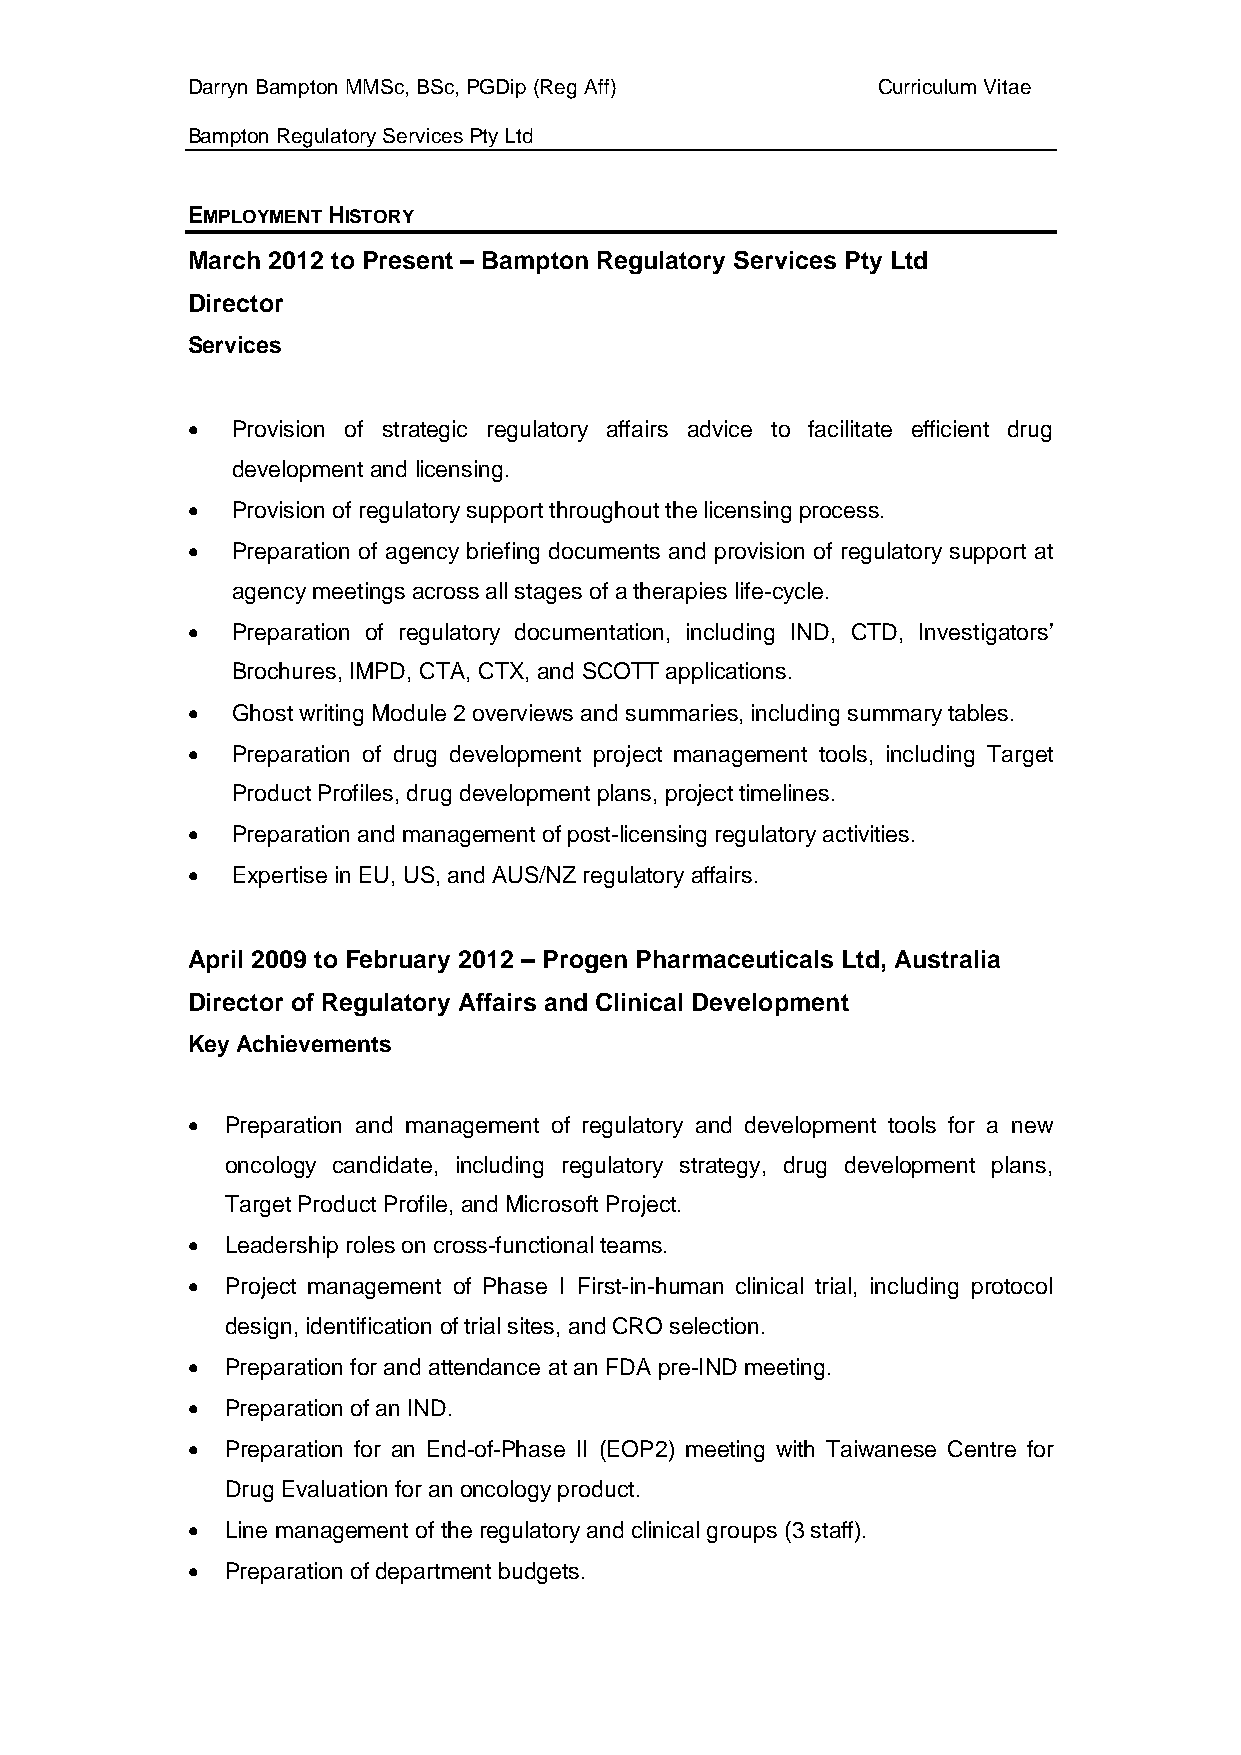
Darryn Bampton MMSc, BSc, PGDip (Reg Aff)     Curriculum Vitae
 Bampton Regulatory Services Pty Ltd
 EMPLOYMENT HISTORY
 March 2012 to Present – Bampton Regulatory Services Pty Ltd
 Director
 Services
   Provision of strategic regulatory affairs advice to facilitate efficient drug
 development and licensing.
   Provision of regulatory support throughout the licensing process.
   Preparation of agency briefing documents and provision of regulatory support at
 agency meetings across all stages of a therapies life-cycle.
   Preparation of regulatory documentation, including IND, CTD, Investigators’
 Brochures, IMPD, CTA, CTX, and SCOTT applications.
   Ghost writing Module 2 overviews and summaries, including summary tables.
   Preparation of drug development project management tools, including Target
 Product Profiles, drug development plans, project timelines.
   Preparation and management of post-licensing regulatory activities.
   Expertise in EU, US, and AUS/NZ regulatory affairs.
 April 2009 to February 2012 – Progen Pharmaceuticals Ltd, Australia
 Director of Regulatory Affairs and Clinical Development
 Key Achievements
   Preparation and management of regulatory and development tools for a new
 oncology candidate, including regulatory strategy, drug development plans,
 Target Product Profile, and Microsoft Project.
   Leadership roles on cross-functional teams.
   Project management of Phase I First-in-human clinical trial, including protocol
 design, identification of trial sites, and CRO selection.
   Preparation for and attendance at an FDA pre-IND meeting.
   Preparation of an IND.
   Preparation for an End-of-Phase II (EOP2) meeting with Taiwanese Centre for
 Drug Evaluation for an oncology product.
   Line management of the regulatory and clinical groups (3 staff).
   Preparation of department budgets.